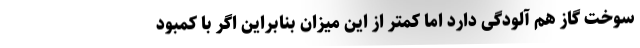
سوخت گاز هم آلودگی دارد اما کمتر از این میزان بنابراین اگر با کمبود